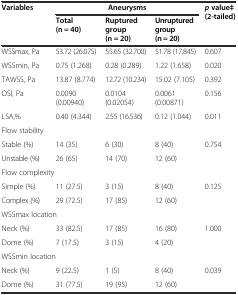
<table><thead><tr><td rowspan="2"><b>Variables</b></td><td colspan="3"><b>Aneurysms</b></td><td rowspan="2"><b><i>p</i>value‡ (2-tailed)</b></td></tr><tr><td><b>Total (n = 40)</b></td><td><b>Ruptured group (n = 20)</b></td><td><b>Unruptured group (n = 20)</b></td></tr></thead><tbody><tr><td>WSSmax, Pa</td><td>53.72 (26.075)</td><td>55.65 (32.700)</td><td>51.78 (17.845)</td><td>0.607</td></tr><tr><td>WSSmin, Pa</td><td>0.75 (1.268)</td><td>0.28 (0.289)</td><td>1.22 (1.658)</td><td>0.020</td></tr><tr><td>TAWSS, Pa</td><td>13.87 (8.774)</td><td>12.72 (10.234)</td><td>15.02 (7.105)</td><td>0.392</td></tr><tr><td>OSI, Pa</td><td>0.0090 (0.00940)</td><td>0.0104 (0.02054)</td><td>0.0061 (0.00871)</td><td>0.156</td></tr><tr><td>LSA,%</td><td>0.40 (4.344)</td><td>2.55 (16.536)</td><td>0.12 (1.044)</td><td>0.011</td></tr><tr><td colspan="5">Flow stability</td></tr><tr><td>Stable (%)</td><td>14 (35)</td><td>6 (30)</td><td>8 (40)</td><td>0.754</td></tr><tr><td>Unstable (%)</td><td>26 (65)</td><td>14 (70)</td><td>12 (60)</td><td></td></tr><tr><td colspan="5">Flow complexity</td></tr><tr><td>Simple (%)</td><td>11 (27.5)</td><td>3 (15)</td><td>8 (40)</td><td>0.125</td></tr><tr><td>Complex (%)</td><td>29 (72.5)</td><td>17 (85)</td><td>12 (60)</td><td></td></tr><tr><td colspan="2">WSSmax location</td><td></td><td></td><td></td></tr><tr><td>Neck (%)</td><td>33 (82.5)</td><td>17 (85)</td><td>16 (80)</td><td>1.000</td></tr><tr><td>Dome (%)</td><td>7 (17.5)</td><td>3 (15)</td><td>4 (20)</td><td></td></tr><tr><td colspan="2">WSSmin location</td><td></td><td></td><td></td></tr><tr><td>Neck (%)</td><td>9 (22.5)</td><td>1 (5)</td><td>8 (40)</td><td>0.039</td></tr><tr><td>Dome (%)</td><td>31 (77.5)</td><td>19 (95)</td><td>12 (60)</td><td></td></tr></tbody></table>